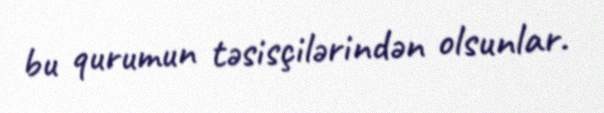
bu qurumun təsisçilərindən olsunlar.